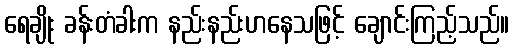
ရေချိုး ခန်းတံခါးက နည်းနည်းဟနေသဖြင့် ချောင်းကြည့်သည်။